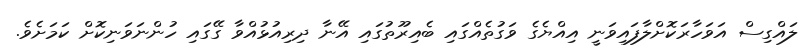
ލައްގިސް އަވަހާރަކޮށްލާފައިވަނީ އިއްޔެގެ ވަގުތެއްގައި ބެއިރޫތުގައި އޭނާ ދިރިއުޅުއްވާ ގޭގައި ހުންނަވަނިކޮށް ކަމަށެވެ.